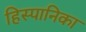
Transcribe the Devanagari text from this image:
हिस्पानिका